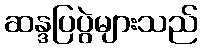
ဆန္ဒပြပွဲများသည်